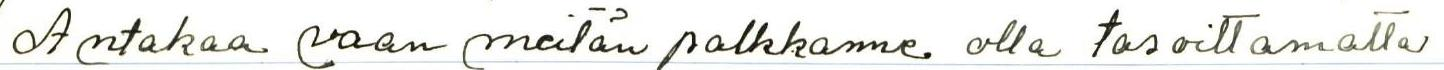
Antakaa vaan meidän palkkamme olla tasoittamatta